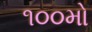
૧૦૦મો